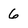
Character: 6